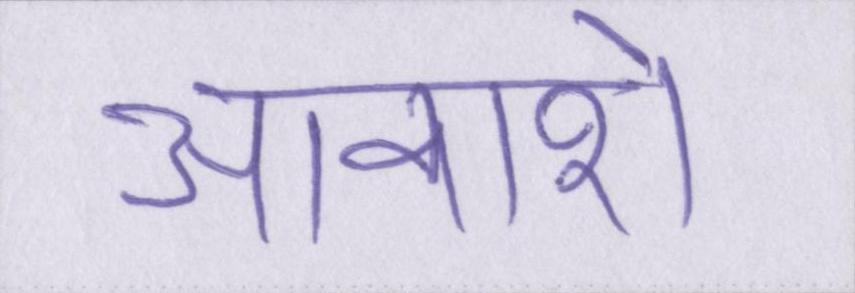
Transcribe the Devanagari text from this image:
आकाशे